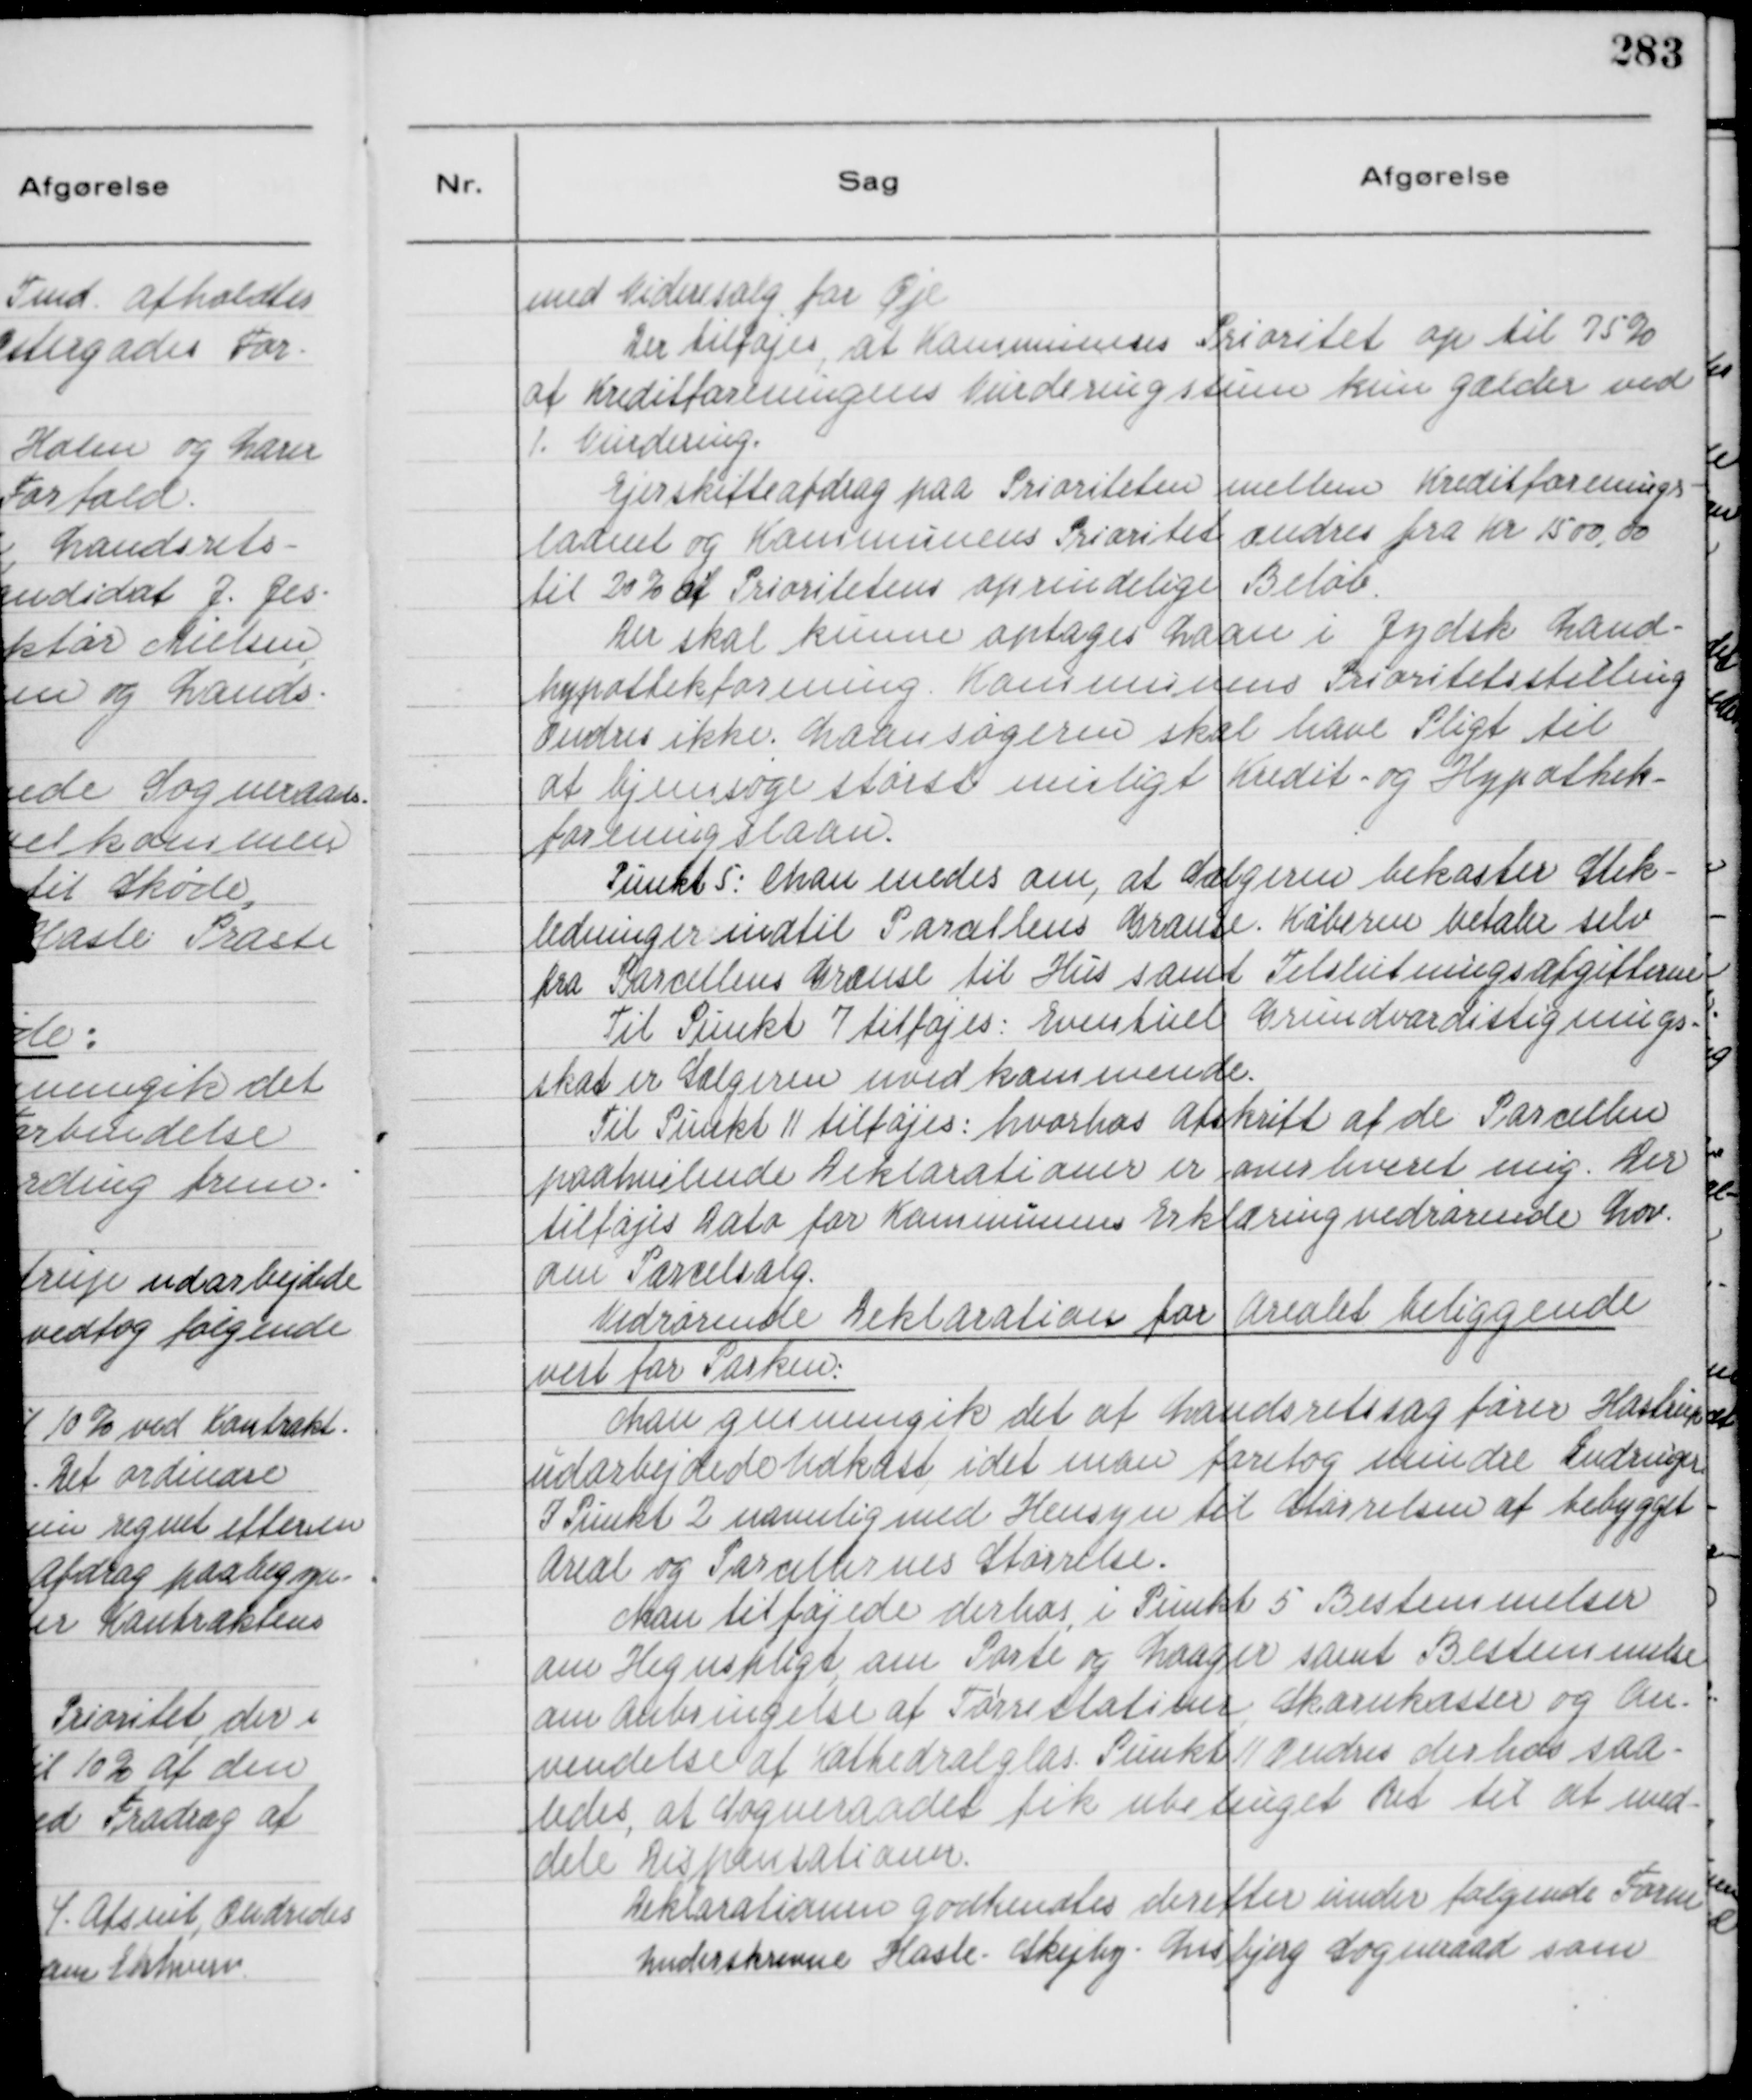
Transskription:
med Videresalg for Øje
Der tilfajes, at Kommunenes Prioritet op til 75%
af Kreditforeningens Vurderingssum kun gælder ved
1. Vurdering.
Ejerskifteafdrag paa Prioriteten mellem Kreditforenings-
laanet og Kommunens Prioritet ændres fra Kr. 1500,00
til 20% af Prioritetens oprindelige Beløb.
Der skal kunne optages Laan i Jydsk Land-
hypothekforening. Kommunens Prioritetsstilling
ændres ikke. Laansøgeren skal have Pligt til
at hjemsøge største muligt Kredit- og Hypothek-
foreningslaan.
Punkt 5: Man enedes om, at Sælgeren bekoster Stik-
ledninger indtil Parallens Grænse. Køberen betaler selv
fra Parcellens Grænse til Hus samt Tilslutningsafgifterne
Til Punkt 7 tilføjes: Eventuel Grundværdistignings-
skat er Sælgeren uvedkommende.
Til Punkt 11 tilføjes: hvorhos Afskrift af de Parcellen
paahvilende Deklarationer er, overleveret mig. Der
tilføjes Dato for Kommunens Erklæring vedrørende Lov
om Parcelsalg.
Vedrørende Deklaration for Arealet beliggende
vest for Parken:
Man gennemgik det af Landsretssagfører Hastrup
udarbejdede Udkast, idet man foretog mindre Ændringer.
I Punkt 2 navnlig med Hensyn til Størrelsen af bebygget
Areal og Parcllernes Størrelse.
Man tilføjede derhos, i Punkt 5 Bestemmelser
om Hegnspligt om Parti og Laager samt Bestemmelser
om Anbringelse af Tørrestation, Skarnkasser og An-
vendelse af Kathedralglas. Punkt 11 ændres derhos saa-
ledes, at Sogneraadet fik ubetinget Ret til at med-
dele Dispensationer.
Deklarationen godkendtes derefter under følgende Form
underskrevne Hasle - Skejby - Lisbjerg Sogneraad som